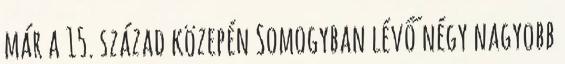
már a 15. század közepén Somogyban lévő négy nagyobb